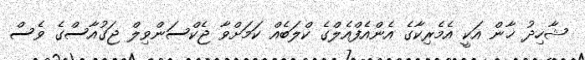
ޝާހިދު ޚާން އަކީ އެމެރިކާގެ އެންއެފްއެލްގެ ކްލަބެއް ކަމަށްވާ ޖެކްސަންވިލް ޖަގުއާސްގެ ވެސް